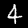
Label: 4